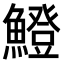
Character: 𫙼